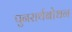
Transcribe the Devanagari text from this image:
पुनरार्थबोधन